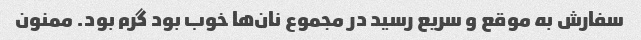
سفارش به موقع و سریع رسید در مجموع نان‌ها خوب بود گرم بود. ممنون